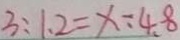
3 : 1 . 2 = x \div 4 . 8